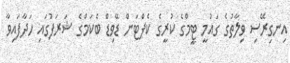
އިނގިރޭސި ވިލާތުގެ ގައުމީ ޓީމްގެ ކުރީގެ ކެޕްޓަން ޑޭވިޑް ބެކަމްގެ ޝަރަފުގައި ހަދާފައިވާ